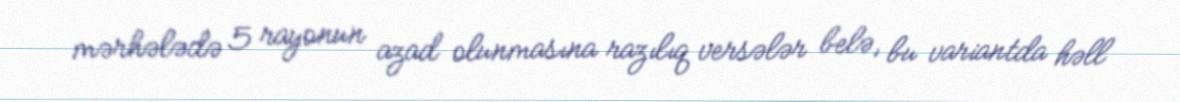
mərhələdə 5 rayonun azad olunmasına razılıq versələr belə, bu variantda həll